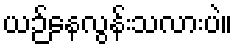
ယဉ်နေလွန်းသလားပဲ။